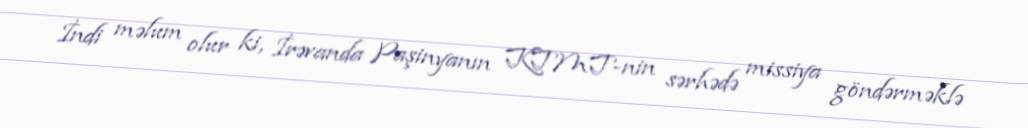
İndi məlum olur ki, İrəvanda Paşinyanın KTMT-nin sərhədə missiya göndərməklə